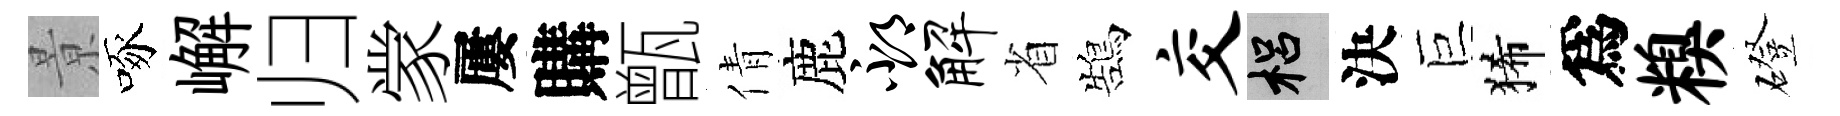
㬌啄嶰归䝉屢購甑倩鹿邳解省鵠交梠決巨狶爲糗磴